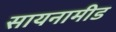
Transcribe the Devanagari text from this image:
सायनामीड